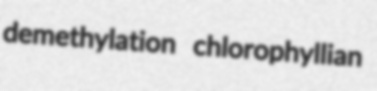
demethylation chlorophyllian